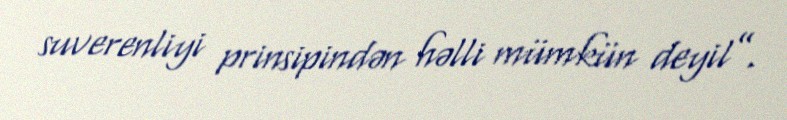
suverenliyi prinsipindən həlli mümkün deyil”.